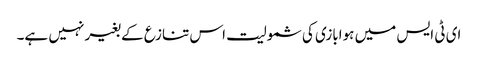
ای ٹی ایس میں ہوابازی کی شمولیت اس تنازع کے بغیر نہیں ہے۔